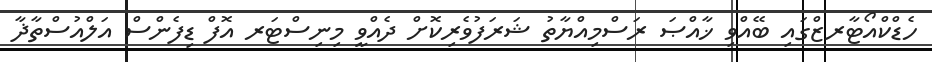
ހެޑްކްއޯޓާރޒްގައި ބޭއްވި ޚާއްޞަ ރަސްމިއްޔާތު ޝަރަފުވެރިކޮށް ދެއްވީ މިނިސްޓަރ އޮފް ޑިފެންސް އަލްއުސްތާޛާ